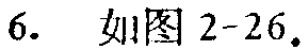
6. 如图2-26。